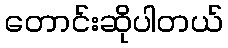
တောင်းဆိုပါတယ်